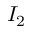
I _ { 2 }